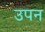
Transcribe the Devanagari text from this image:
उपन